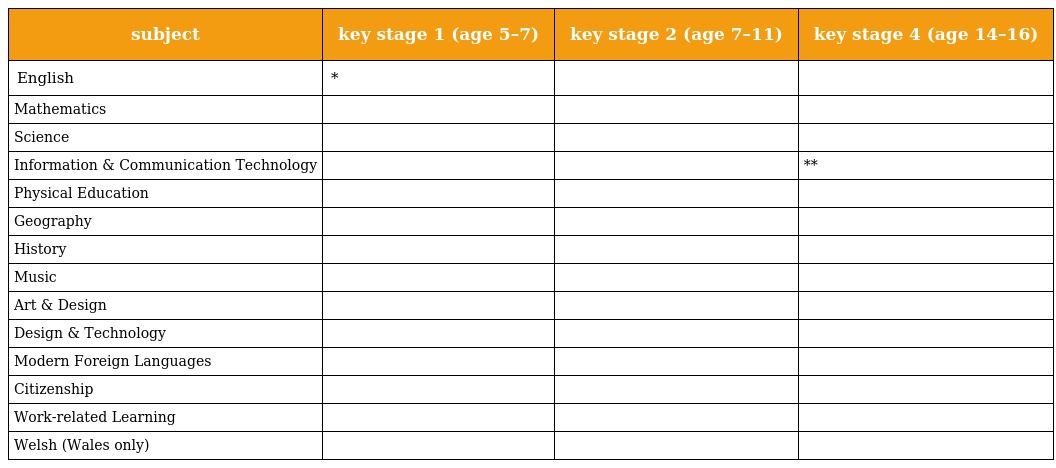
| subject | key stage 1 (age 5–7) | key stage 2 (age 7–11) | key stage 4 (age 14–16) |
 | --- | --- | --- | --- |
 | English | * |  |  |
 | Mathematics |  |  |  |
 | Science |  |  |  |
 | Information & Communication Technology |  |  | ** |
 | Physical Education |  |  |  |
 | Geography |  |  |  |
 | History |  |  |  |
 | Music |  |  |  |
 | Art & Design |  |  |  |
 | Design & Technology |  |  |  |
 | Modern Foreign Languages |  |  |  |
 | Citizenship |  |  |  |
 | Work-related Learning |  |  |  |
 | Welsh (Wales only) |  |  |  |